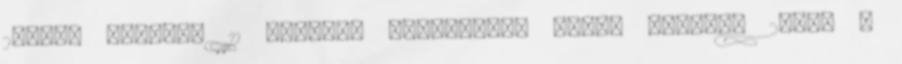
25-én, szerdán 11 órától. Kereskedők napja Március 26-án 9